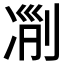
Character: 𠗢